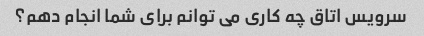
سرویس اتاق چه کاری می توانم برای شما انجام دهم؟